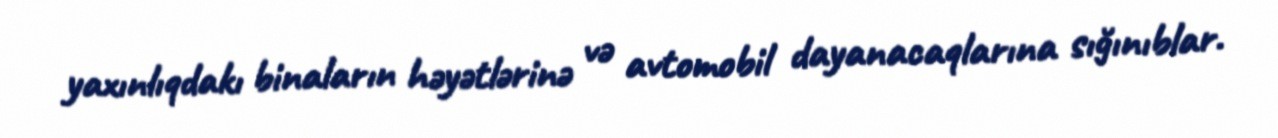
yaxınlıqdakı binaların həyətlərinə və avtomobil dayanacaqlarına sığınıblar.